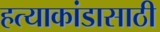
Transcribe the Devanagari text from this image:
हत्याकांडासाठी